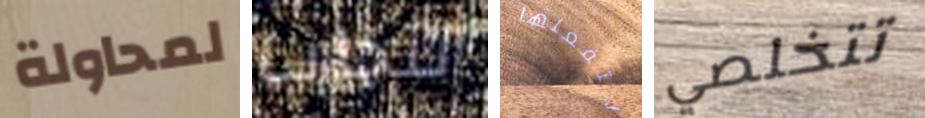
لمحاولة التجارب لتفعلها تتخلصي